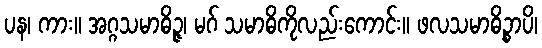
ပန၊ ကား။ အဂ္ဂသမာဓိဉ္ဇ၊ မဂ် သမာဓိကိုလည်းကောင်း။ ဖလသမာဓိဉ္စာပိ၊